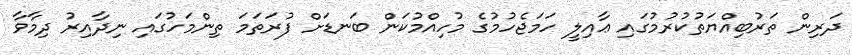
ދަރިން ތަރުބިއްޔަތުކުރުމުގައި ޢާއިލީ ހަމަޖެހުމުގެ މުހިއްމުކަން ބަނޑަށް ފުރަތަމަ ތިންމަހުގައި ނިދާއިރު ދިމާވާ